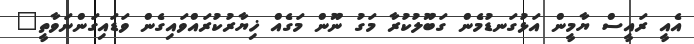
އެއީ ރައީސް ޔާމީން އަޅުގަނޑުމެން ގަބޫލުކުރާ މަގު ނޫން މަގެއް ޚިޔާރުކުރައްވައިގެން ވަޑައިގަންނަވާތީ"